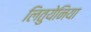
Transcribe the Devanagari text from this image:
लितुयेनिया